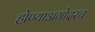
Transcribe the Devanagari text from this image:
होण्याअगोदरच